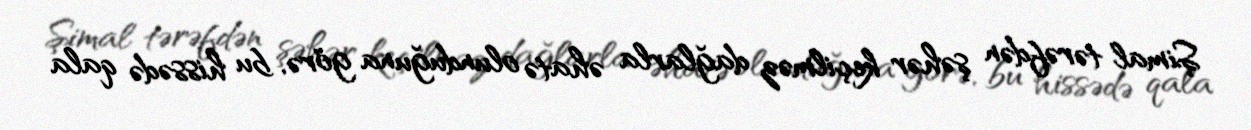
Şimal tərəfdən şəhər keçilməz dağlarla əhatə olunduğuna görə, bu hissədə qala